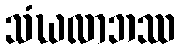
သံဃလာဘဿ